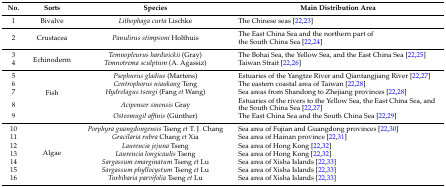
| No. | Sorts | Species | Main Distribution Area |
 | --- | --- | --- | --- |
 | 1 | Bivalve | Lithophaga curta Lischke | The Chinese seas [22,23] |
 | 2 | Crustacea | Panulirus stimpsoni Holthuis | The East China Sea and the northern part of the South China Sea [22,24] |
 | 3 | <ROWSPAN=2> Echinoderm | Temnopleurus hardwickii (Gray) | The Bohai Sea, the Yellow Sea, and the East China Sea [22,25] |
 | 4 | Temnotrema sculptum (A. Agassiz) | Taiwan Strait [22,26] |
 | 5 | <ROWSPAN=5> Fish | Psephurus gladius (Martens) | Estuaries of the Yangtze River and Qiantangjiang River [22,27] |
 | 6 | Centrophorus niaukang Teng | The eastern coastal area of Taiwan [22,28] |
 | 7 | Hydrolagus tsengi (Fang et Wang) | Sea areas from Shandong to Zhejiang provinces [22,28] |
 | 8 | Acipenser sinensis Gray | Estuaries of the rivers to the Yellow Sea, the East China Sea, and the South China Sea [22,27] |
 | 9 | Osteomugil affinis (Günther) | The East China Sea and the South China Sea [22,29] |
 | 10 | <ROWSPAN=7> Algae | Porphyra guangdongensis Tseng et T. J. Chang | Sea area of Fujian and Guangdong provinces [22,30] |
 | 11 | Gracilaria rubra Chang et Xia | Sea area of Hainan province [22,31] |
 | 12 | Laurencia jejuna Tseng | Sea area of Hong Kong [22,32] |
 | 13 | Laurencia longicaulis Tseng | Sea area of Hong Kong [22,32] |
 | 14 | Sargassum emarginatum Tseng et Lu | Sea area of Xisha Islands [22,33] |
 | 15 | Sargassum phyllocystum Tseng et Lu | Sea area of Xisha Islands [22,33] |
 | 16 | Turbibaria parvifolia Tseng et Lu | Sea area of Xisha Islands [22,33] |